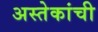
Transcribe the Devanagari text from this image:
अस्तेकांची